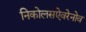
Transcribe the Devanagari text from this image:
निकोलसऐवरेनोव